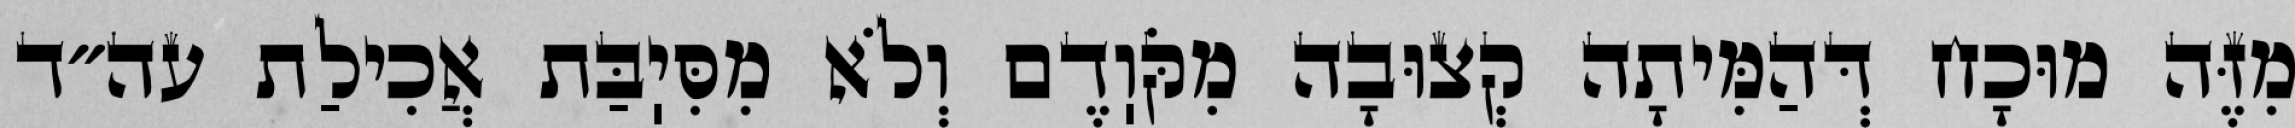
מִזֶּה מוּכָח דְּהַמִּיתָה קְצוּבָה מִקֹּוֽדֶם וְלֹא מִסִּיֽבַּת אֲכִילַת עה״ד